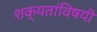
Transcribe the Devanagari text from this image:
शक्यतांविषयी